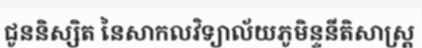
ជូននិស្សិត នៃសាកលវិទ្យាល័យភូមិន្ទនីតិសាស្ត្រ